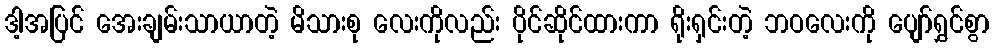
ဒါ့အပြင် အေးချမ်းသာယာတဲ့ မိသားစု လေးကိုလည်း ပိုင်ဆိုင်ထားကာ ရိုးရှင်းတဲ့ ဘဝလေးကို ပျော်ရွှင်စွာ